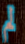
لم